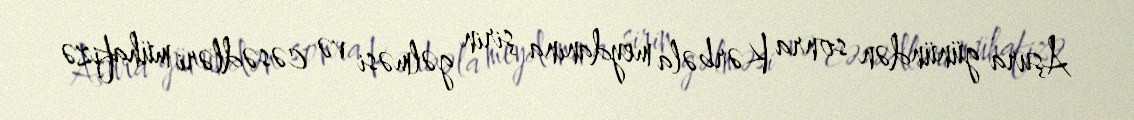
Aşura günündən sonra Kərbəla meydanına şirin gəlməsi və cəsədləri mühafizə